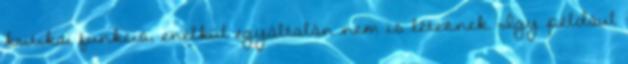
kritikai funkció, enélkül egyáltalán nem is léteznek. Így például